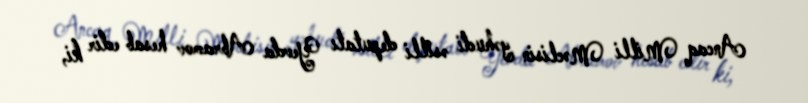
Ancaq Milli Məclisin yəhudi əsilli deputatı Yevda Abramov hesab edir ki,